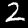
Label: 2